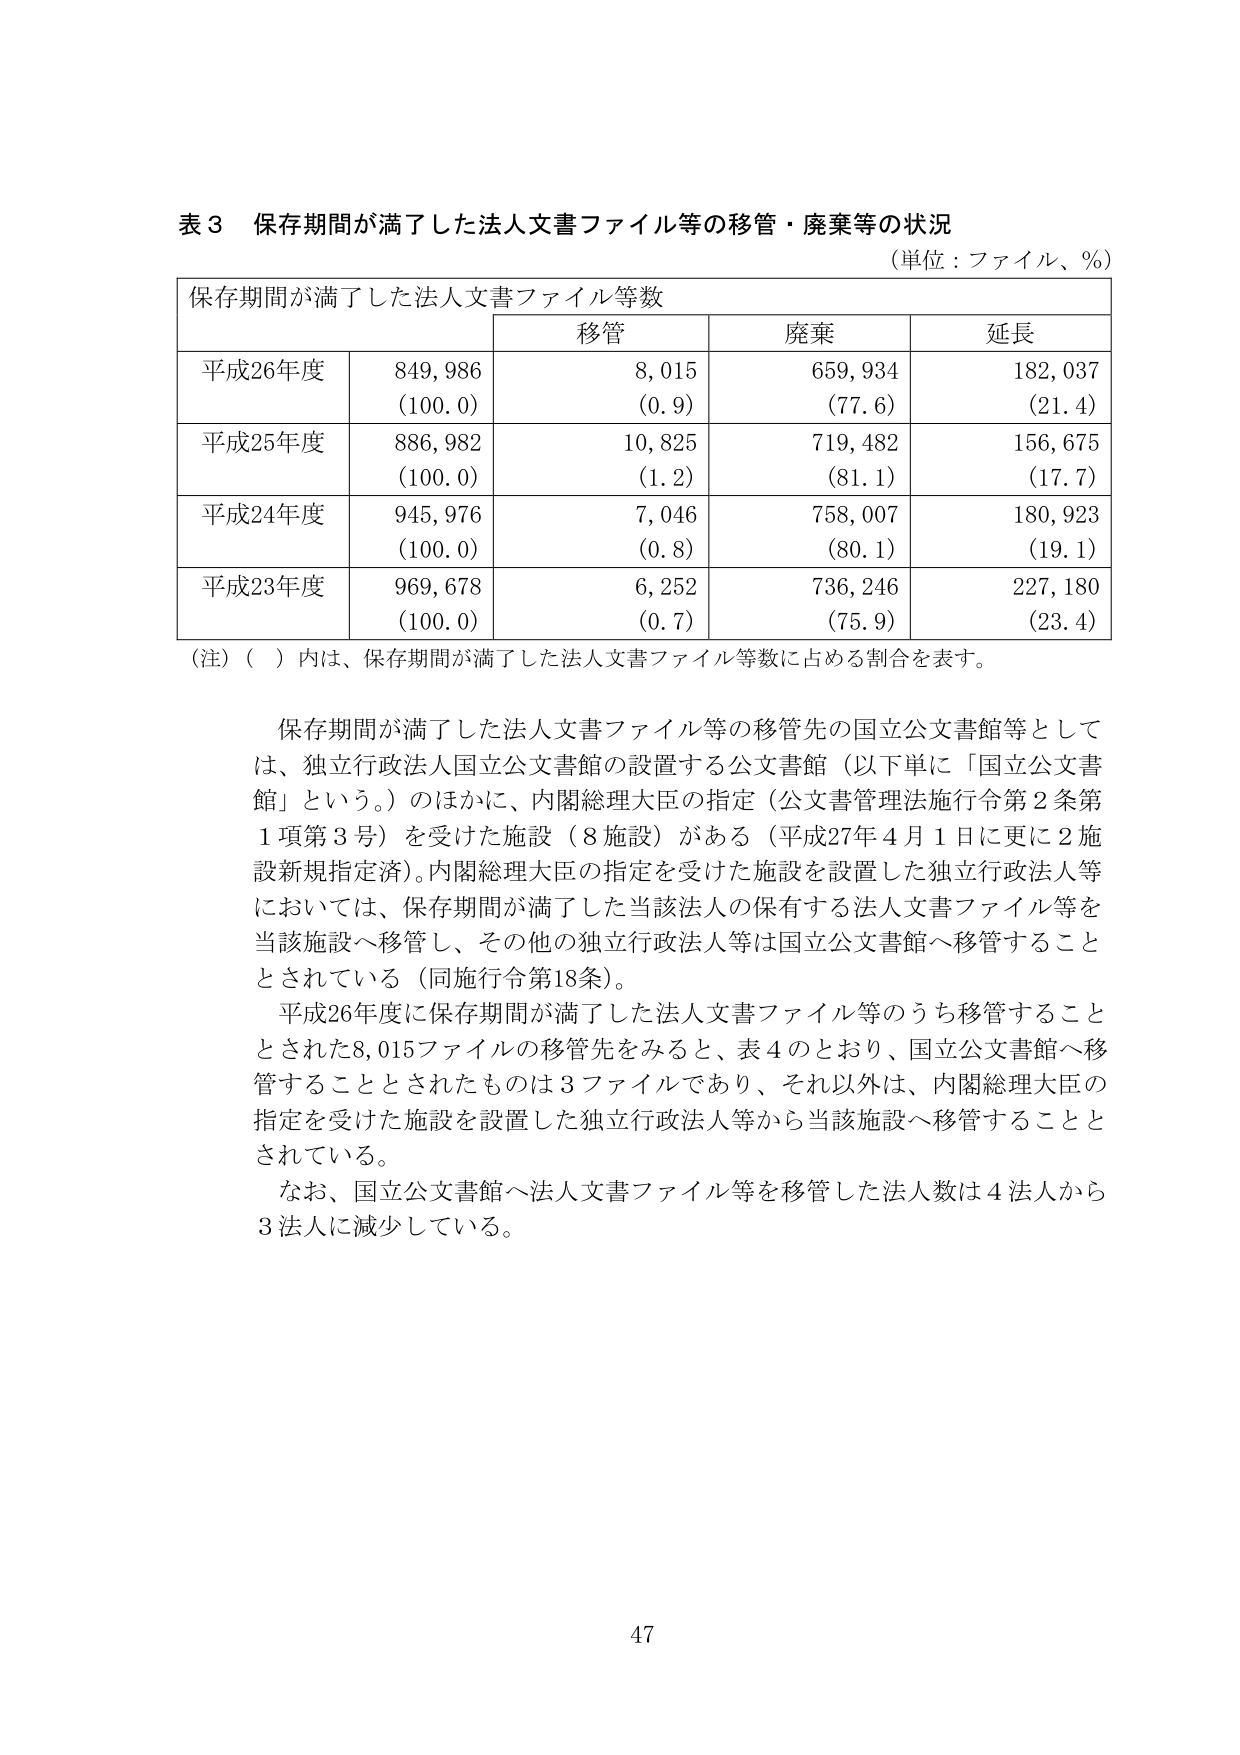
表３ 保存期間が満了した法人文書ファイル等の移管・廃棄等の状況
（単位：ファイル、％）

保存期間が満了した法人文書ファイル等数
　　　　　　　　　　　　移管　　　　　廃棄　　　　　延長
平成26年度　　　849,986　　　　8,015　　　　659,934　　　　182,037
　　　　　　　　（100.0）　　　（0.9）　　　　（77.6）　　　　（21.4）
平成25年度　　　886,982　　　　10,825　　　　719,482　　　　156,675
　　　　　　　　（100.0）　　　（1.2）　　　　（81.1）　　　　（17.7）
平成24年度　　　945,976　　　　7,046　　　　758,007　　　　180,923
　　　　　　　　（100.0）　　　（0.8）　　　　（80.1）　　　　（19.1）
平成23年度　　　969,678　　　　6,252　　　　736,246　　　　227,180
　　　　　　　　（100.0）　　　（0.7）　　　　（75.9）　　　　（23.4）

（注）（　）内は、保存期間が満了した法人文書ファイル等数に占める割合を表す。

保存期間が満了した法人文書ファイル等の移管先の国立公文書館等としては、独立行政法人国立公文書館の設置する公文書館（以下単に「国立公文書館」という。）のほかに、内閣総理大臣の指定（公文書管理法施行令第2条第1項第3号）を受けた施設（8施設）がある（平成27年4月1日に更に2施設新規指定済）。内閣総理大臣の指定を受けた施設を設置した独立行政法人等においては、保存期間が満了した当該法人の保有する法人文書ファイル等を当該施設へ移管し、その他の独立行政法人等は国立公文書館へ移管することとされている（同施行令第18条）。

平成26年度に保存期間が満了した法人文書ファイル等のうち移管することとされた8,015ファイルの移管先をみると、表4のとおり、国立公文書館へ移管することとされたものは3ファイルであり、それ以外は、内閣総理大臣の指定を受けた施設を設置した独立行政法人等から当該施設へ移管することとされている。

なお、国立公文書館へ法人文書ファイル等を移管した法人数は4法人から3法人に減少している。

47